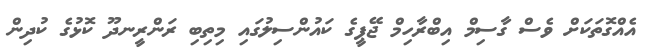
އެއްގޮތަކަށް ވެސް ގާސިމް އިބްރާހިމް ޖޭޕީގެ ކައުންސިލުގައި މިތިބި ރަންރީނދޫ ކޮޅުގެ ކުދިން